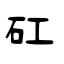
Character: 矼